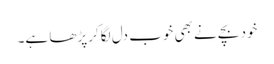
خود بچے نے بھی خوب دل لگا کرپڑھا ہے۔